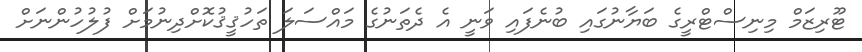
ޓޫރިޒަމް މިނިސްޓްރީގެ ބަޔާނުގައި ބުނެފައި ވަނީ އެ ދެތަނުގެ މައްސަލަ ތަހުޤީޤުކޮށްދިނުމަށް ފުލުހުންނަށް